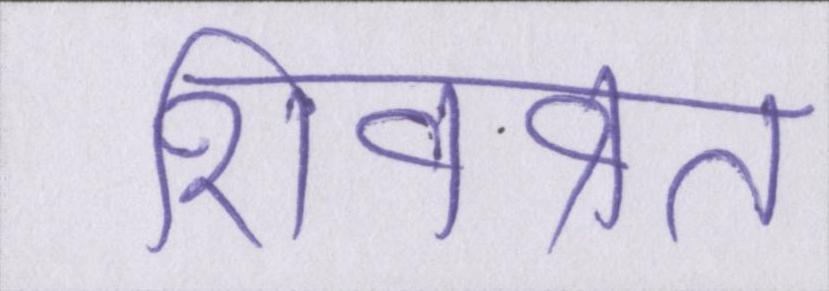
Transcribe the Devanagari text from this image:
शिवव्रत